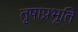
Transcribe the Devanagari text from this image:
तृषाप्रभृति